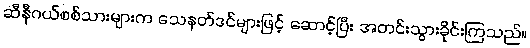
ဆီနီဂယ်စစ်သားများက သေနတ်ဒင်များဖြင့် ဆောင့်ပြီး အတင်းသွားခိုင်းကြသည်။